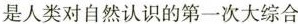
是人类对自然认识的第一次大综合